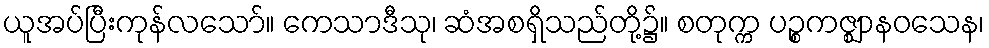
ယူအပ်ပြီးကုန်လသော်။ ကေသာဒီသု၊ ဆံအစရှိသည်တို့၌။ စတုက္က ပဉ္စကဇ္ဈာနဝသေန၊